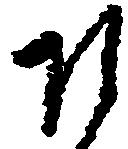
そ